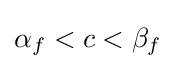
\alpha _{f}<c<\beta _{f}